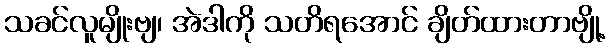
သခင်လူမျိုးဗျ၊ အဲဒါကို သတိရအောင် ချိတ်ထားတာဗျို့